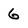
Character: 6